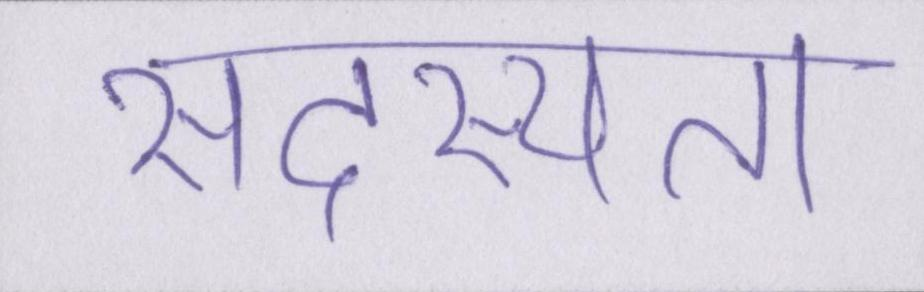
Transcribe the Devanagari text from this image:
सदस्यता